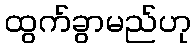
ထွက်ခွာမည်ဟု